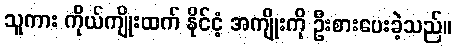
သူကား ကိုယ်ကျိုးထက် နိုင်ငံ့ အကျိုးကို ဦးစားပေးခဲ့သည်။